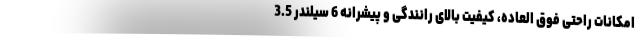
امکانات راحتی فوق العاده، کیفیت بالای رانندگی و پیشرانه 6 سیلندر 3.5